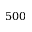
5 0 0